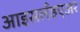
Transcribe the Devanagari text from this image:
आइसलँडएअर